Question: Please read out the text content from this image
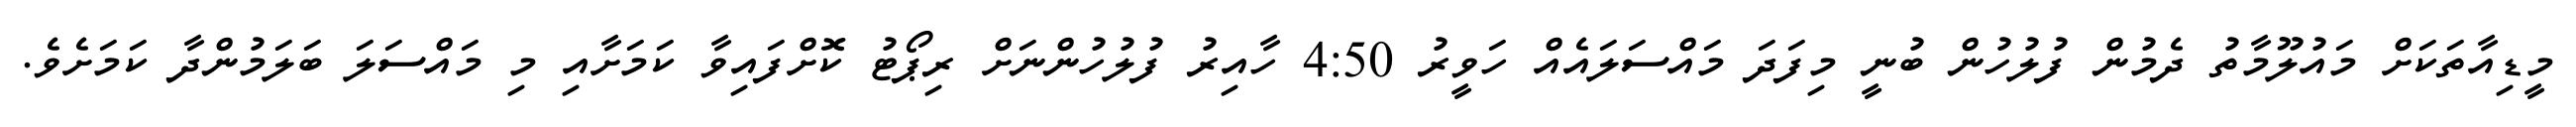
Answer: މީޑިއާތަކަށް މައުލޫމާތު ދެމުން ފުލުހުން ބުނީ މިފަދަ މައްސަލައެއް ހަވީރު 4:50 ހާއިރު ފުލުހުންނަށް ރިޕޯޓު ކޮށްފައިވާ ކަމަށާއި މި މައްސަލަ ބަލަމުންދާ ކަމަށެވެ.